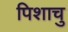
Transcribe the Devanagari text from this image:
पिशाचु